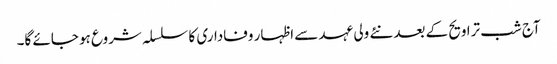
آج شب تراویح کے بعد نئے ولی عہد سے اظہار وفاداری کا سلسلہ شروع ہو جائے گا۔